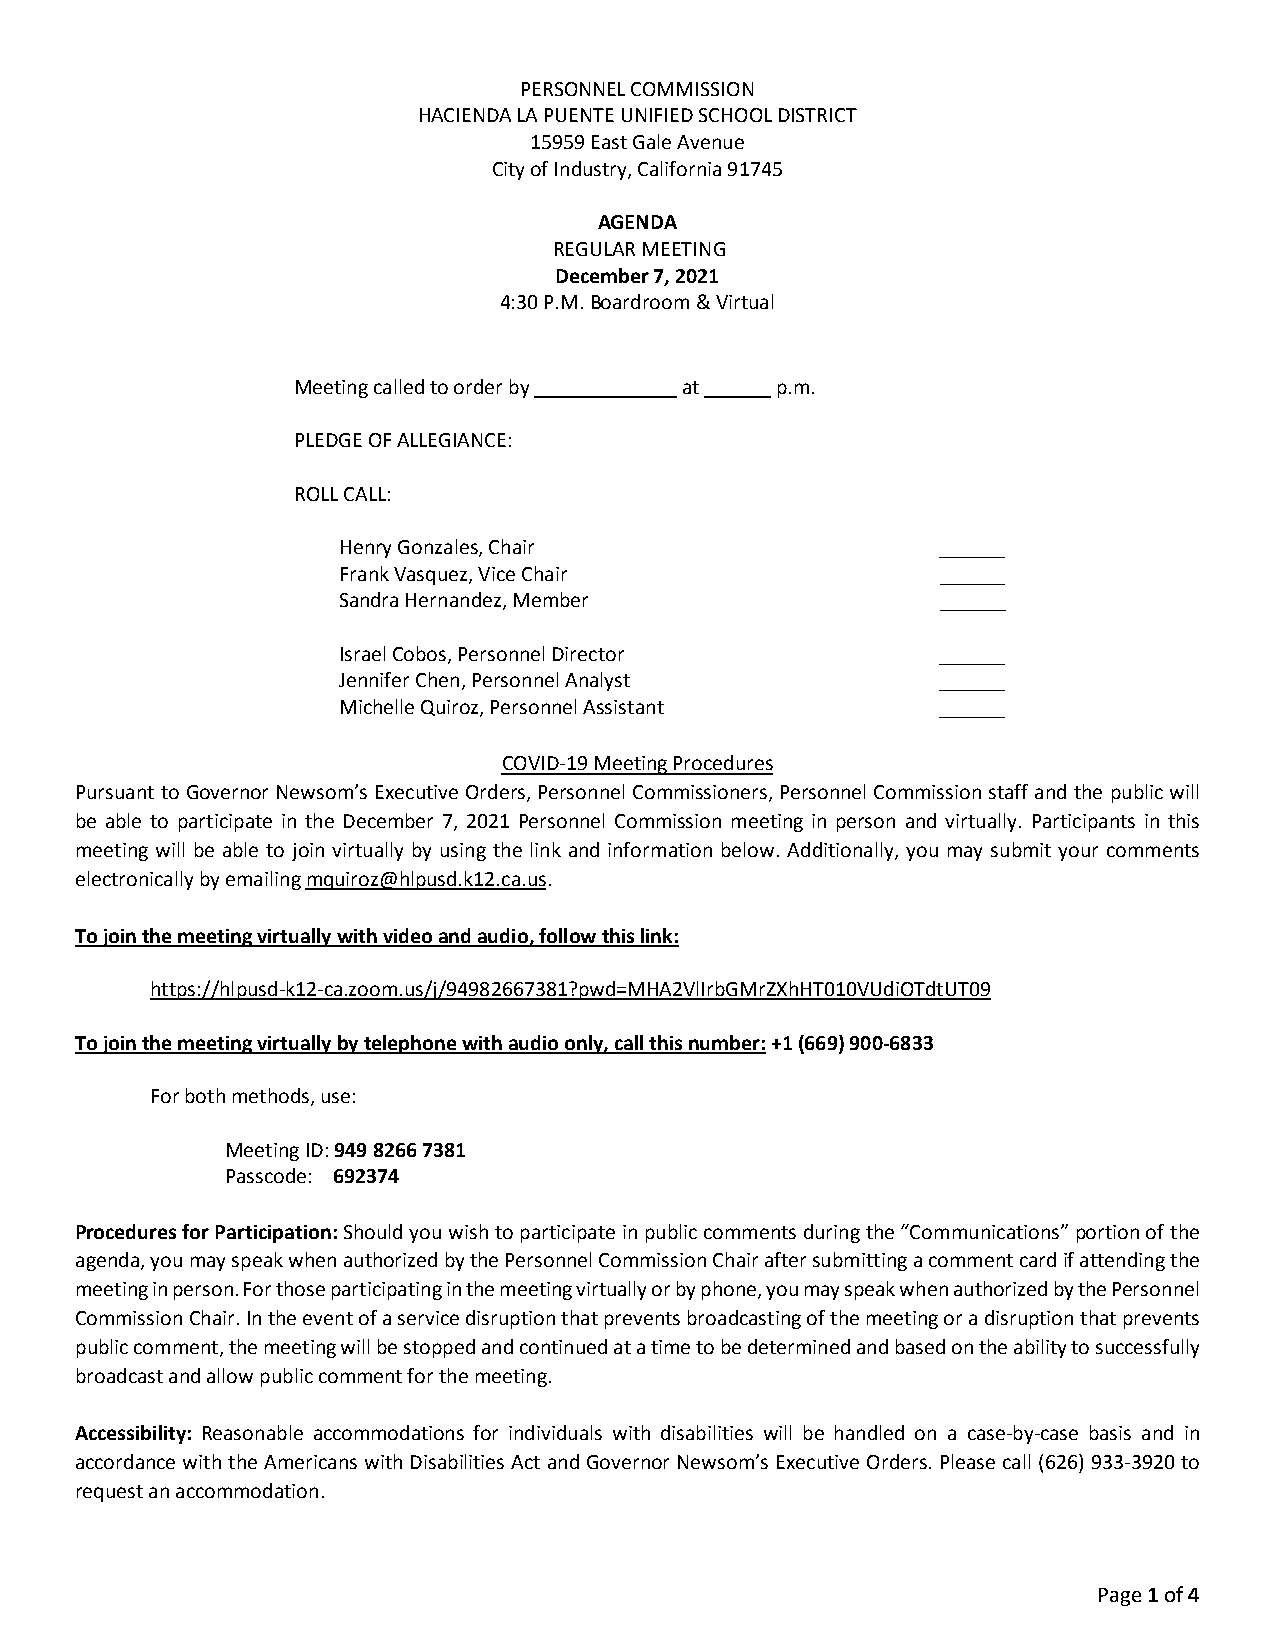
PERSONNEL COMMISSION
 HACIENDA LA PUENTE UNIFIED SCHOOL DISTRICT
 15959 East Gale Avenue
 City of Industry, California 91745
 AGENDA
 REGULAR MEETING
 December 7, 2021
 4:30 P.M. Boardroom & Virtual
 Meeting called to order by at   p.m.
 PLEDGE OF ALLEGIANCE:
 ROLL CALL:
 Henry Gonzales, Chair                   ______
 Frank Vasquez, Vice Chair               ______
 Sandra Hernandez, Member                ______
 Israel Cobos, Personnel Director        ______
 Jennifer Chen, Personnel Analyst        ______
 Michelle Quiroz, Personnel Assistant    ______
 COVID-19 Meeting Procedures
 Pursuant to Governor Newsom’s Executive Orders, Personnel Commissioners, Personnel Commission staff and the public will
 be able to participate in the December 7, 2021 Personnel Commission meeting in person and virtually. Participants in this
 meeting will be able to join virtually by using the link and information below. Additionally, you may submit your comments
 electronically by emailing mquiroz@hlpusd.k12.ca.us.
 To join the meeting virtually with video and audio, follow this link:
 https://hlpusd-k12-ca.zoom.us/j/94982667381?pwd=MHA2VlIrbGMrZXhHT010VUdiOTdtUT09
 To join the meeting virtually by telephone with audio only, call this number: +1 (669) 900-6833
 For both methods, use:
 Meeting ID: 949 8266 7381
 Passcode: 692374
 Procedures for Participation: Should you wish to participate in public comments during the “Communications” portion of the
 agenda, you may speak when authorized by the Personnel Commission Chair after submitting a comment card if attending the
 meeting in person. For those participating in the meeting virtually or by phone, you may speak when authorized by the Personnel
 Commission Chair. In the event of a service disruption that prevents broadcasting of the meeting or a disruption that prevents
 public comment, the meeting will be stopped and continued at a time to be determined and based on the ability to successfully
 broadcast and allow public comment for the meeting.
 Accessibility: Reasonable accommodations for individuals with disabilities will be handled on a case-by-case basis and in
 accordance with the Americans with Disabilities Act and Governor Newsom’s Executive Orders. Please call (626) 933-3920 to
 request an accommodation.
 Page 1 of 4